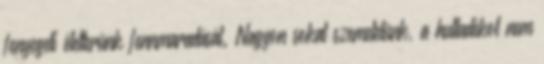
fenyegeti életterünk fennmaradását. Nagyon sokat szemetelünk, a hulladékot nem